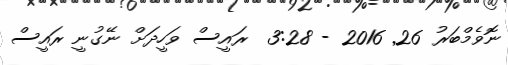
ނޮވެމްބަރު 26